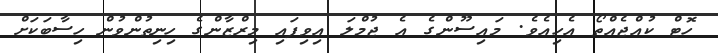
ހޮޓް ކުއްޖެއްތޯ އެހިއެވެ. މައިސޫންގެ އެ ޖުމްލަ އިވިފައި މިރްޒާންގެ ހިނިތުންވުން ހިސާބަކަށް